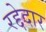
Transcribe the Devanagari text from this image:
रद्देदार